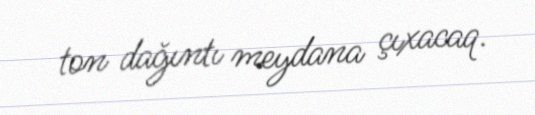
ton dağıntı meydana çıxacaq.